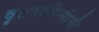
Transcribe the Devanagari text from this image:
वृत्तवाहिन्यांनी